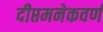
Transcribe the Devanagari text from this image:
दीप्तमनेकवर्णं